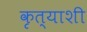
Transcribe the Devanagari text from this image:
कृत्याशी